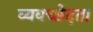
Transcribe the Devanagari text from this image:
व्यवच्छेदता